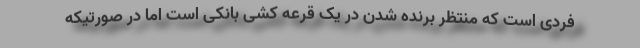
فردی است که منتظر برنده شدن در یک قرعه کشی بانکی است اما در صورتیکه